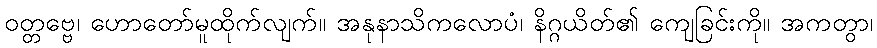
ဝတ္တဗ္ဗေ၊ ဟောတော်မူထိုက်လျက်။ အနုနာသိကလောပံ၊ နိဂ္ဂယိတ်၏ ကျေခြင်းကို။ အကတွာ၊